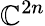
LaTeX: \mathbb{C}^{2n}